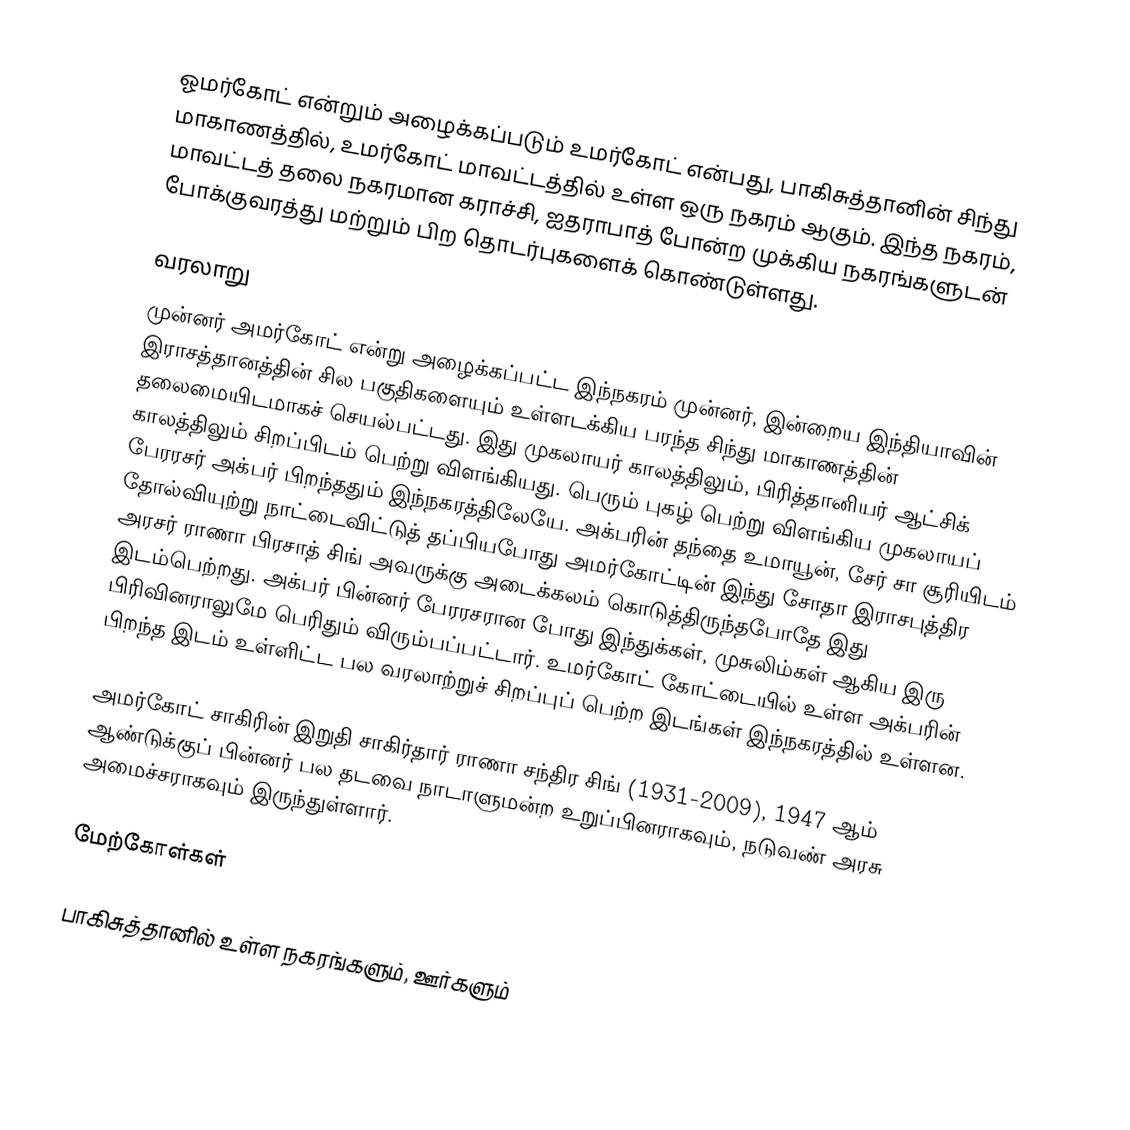
ஓமர்கோட் என்றும் அழைக்கப்படும் உமர்கோட் என்பது, பாகிசுத்தானின் சிந்து மாகாணத்தில், உமர்கோட் மாவட்டத்தில் உள்ள ஒரு நகரம் ஆகும். இந்த நகரம், மாவட்டத் தலை நகரமான கராச்சி, ஐதராபாத் போன்ற முக்கிய நகரங்களுடன் போக்குவரத்து மற்றும் பிற தொடர்புகளைக் கொண்டுள்ளது.

வரலாறு
முன்னர் அமர்கோட் என்று அழைக்கப்பட்ட இந்நகரம் முன்னர், இன்றைய இந்தியாவின் இராசத்தானத்தின் சில பகுதிகளையும் உள்ளடக்கிய பரந்த சிந்து மாகாணத்தின் தலைமையிடமாகச் செயல்பட்டது. இது முகலாயர் காலத்திலும், பிரித்தானியர் ஆட்சிக் காலத்திலும் சிறப்பிடம் பெற்று விளங்கியது. பெரும் புகழ் பெற்று விளங்கிய முகலாயப் பேரரசர் அக்பர் பிறந்ததும் இந்நகரத்திலேயே. அக்பரின் தந்தை உமாயூன், சேர் சா சூரியிடம் தோல்வியுற்று நாட்டைவிட்டுத் தப்பியபோது அமர்கோட்டின் இந்து சோதா இராசபுத்திர அரசர் ராணா பிரசாத் சிங் அவருக்கு அடைக்கலம் கொடுத்திருந்தபோதே இது இடம்பெற்றது. அக்பர் பின்னர் பேரரசரான போது இந்துக்கள், முசுலிம்கள் ஆகிய இரு பிரிவினராலுமே பெரிதும் விரும்பப்பட்டார். உமர்கோட் கோட்டையில் உள்ள அக்பரின் பிறந்த இடம் உள்ளிட்ட பல வரலாற்றுச் சிறப்புப் பெற்ற இடங்கள் இந்நகரத்தில் உள்ளன.

அமர்கோட் சாகிரின் இறுதி சாகிர்தார் ராணா சந்திர சிங் (1931-2009), 1947 ஆம் ஆண்டுக்குப் பின்னர் பல தடவை நாடாளுமன்ற உறுப்பினராகவும், நடுவண் அரசு அமைச்சராகவும் இருந்துள்ளார்.

மேற்கோள்கள்

பாகிசுத்தானில் உள்ள நகரங்களும், ஊர்களும்